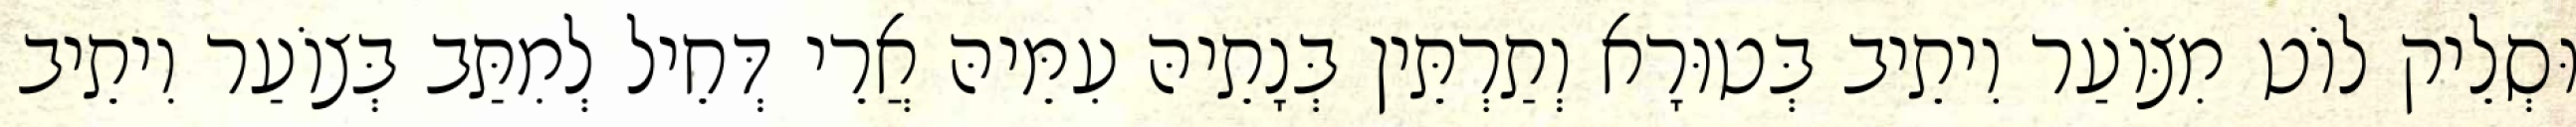
וּסְלֵיק לוֹט מִצּוֹעַר וִיתֵיב בְּטוּרָא וְתַרְתֵּין בְּנָתֵיהּ עִמֵּיהּ אֲרֵי דְּחֵיל לְמִתַּב בְּצוֹעַר וִיתֵיב